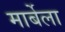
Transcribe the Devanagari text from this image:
मार्बेला